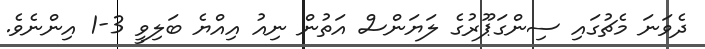
ދެވަނަ މެޗުގައި ސިންގަޕޫރުގެ ލަޔަންސް އަތުން ނިއު އިއްޔެ ބަލިވީ 3-1 އިންނެވެ.